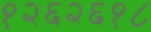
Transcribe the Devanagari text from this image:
१२६२६१८